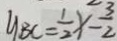
y B C = \frac { 1 } { 2 } x - \frac { 3 } { 2 }